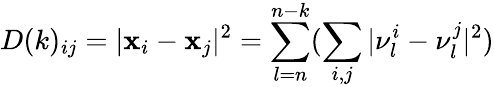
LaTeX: D(k)_{ij}=|\textbf{x}_{i}-\textbf{x}_{j}|^{2}=\sum_{l=n}^{n-k}(\sum_{i,j}|\nu_{l}^{i}-\nu_{l}^{j}|^{2})